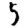
Digit: 5